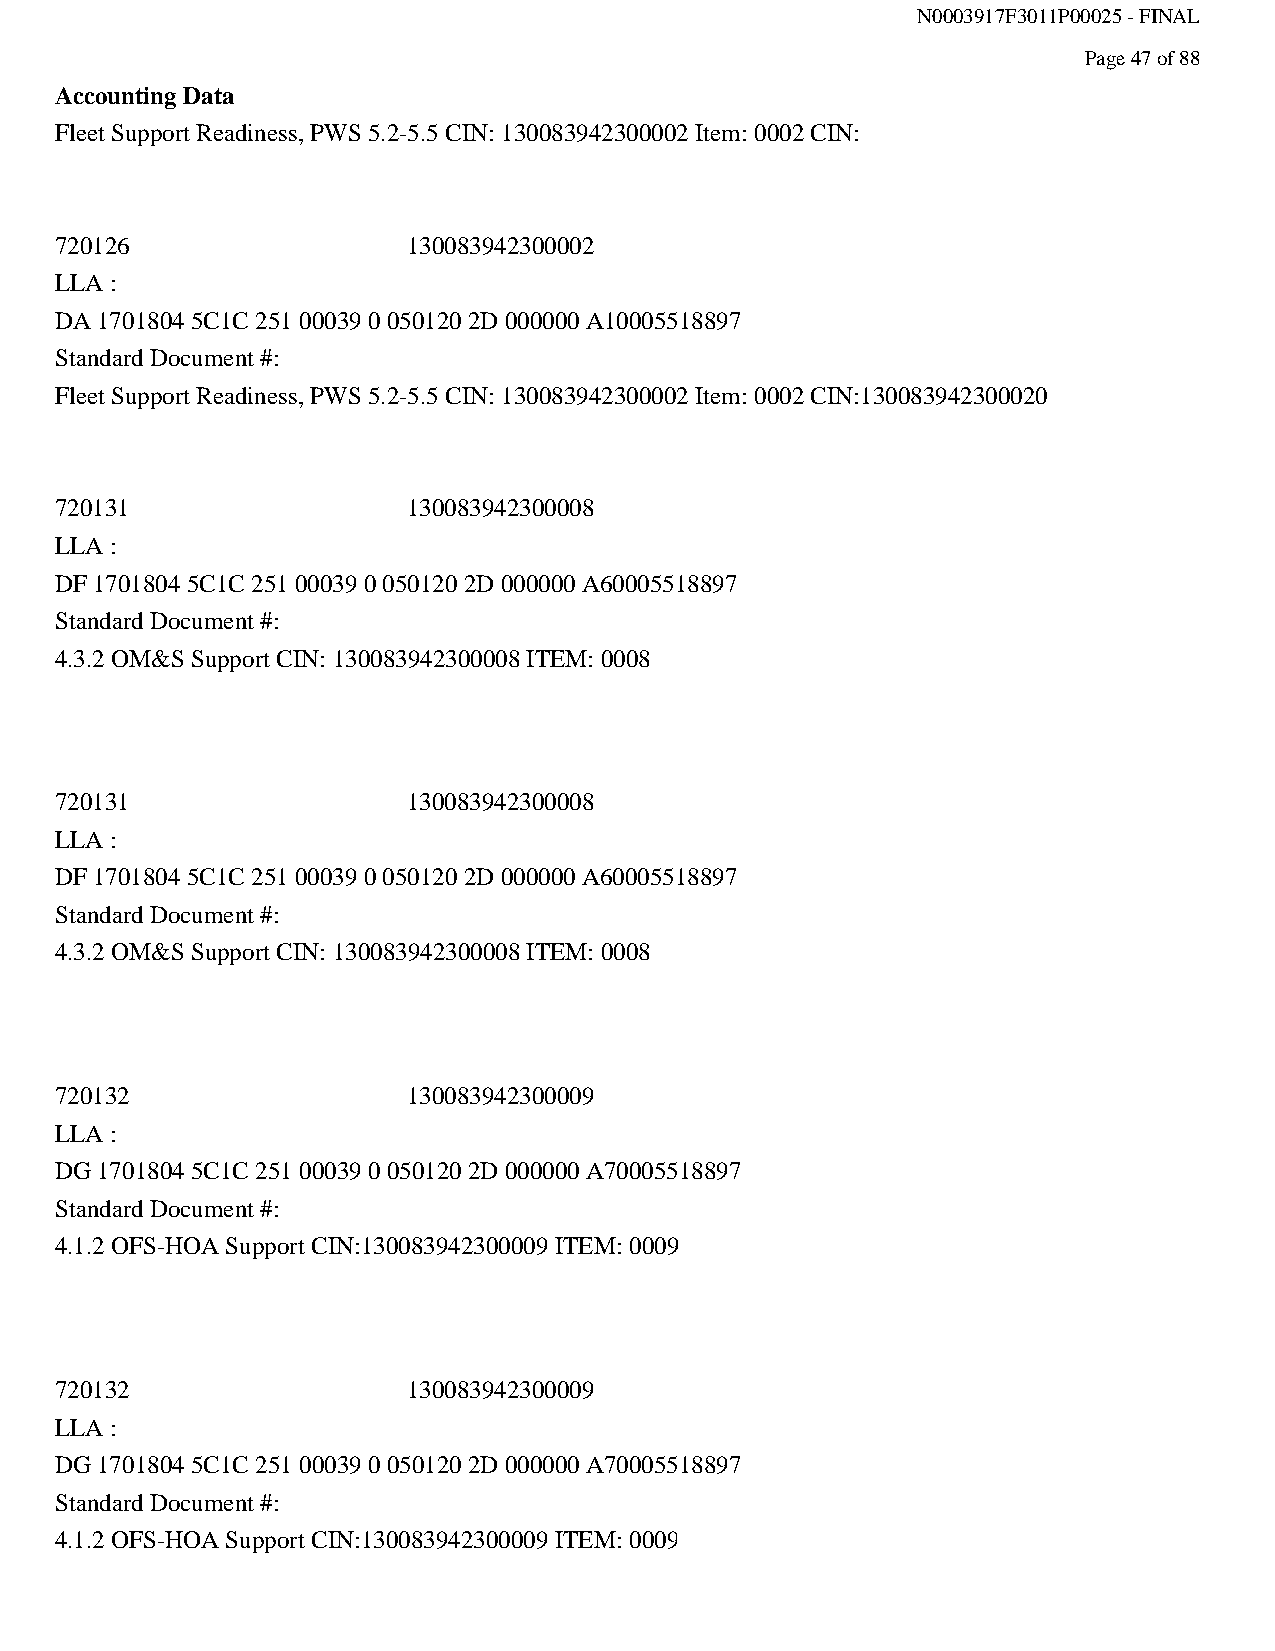
N0003917F3011P00025 - FINAL
 Page 47 of 88
 Accounting Data
 Fleet Support Readiness, PWS 5.2-5.5 CIN: 130083942300002 Item: 0002 CIN:
 720126                 130083942300002
 LLA :
 DA 1701804 5C1C 251 00039 0 050120 2D 000000 A10005518897
 Standard Document #:
 Fleet Support Readiness, PWS 5.2-5.5 CIN: 130083942300002 Item: 0002 CIN:130083942300020
 720131                 130083942300008
 LLA :
 DF 1701804 5C1C 251 00039 0 050120 2D 000000 A60005518897
 Standard Document #:
 4.3.2 OM&S Support CIN: 130083942300008 ITEM: 0008
 720131                 130083942300008
 LLA :
 DF 1701804 5C1C 251 00039 0 050120 2D 000000 A60005518897
 Standard Document #:
 4.3.2 OM&S Support CIN: 130083942300008 ITEM: 0008
 720132                 130083942300009
 LLA :
 DG 1701804 5C1C 251 00039 0 050120 2D 000000 A70005518897
 Standard Document #:
 4.1.2 OFS-HOA Support CIN:130083942300009 ITEM: 0009
 720132                 130083942300009
 LLA :
 DG 1701804 5C1C 251 00039 0 050120 2D 000000 A70005518897
 Standard Document #:
 4.1.2 OFS-HOA Support CIN:130083942300009 ITEM: 0009